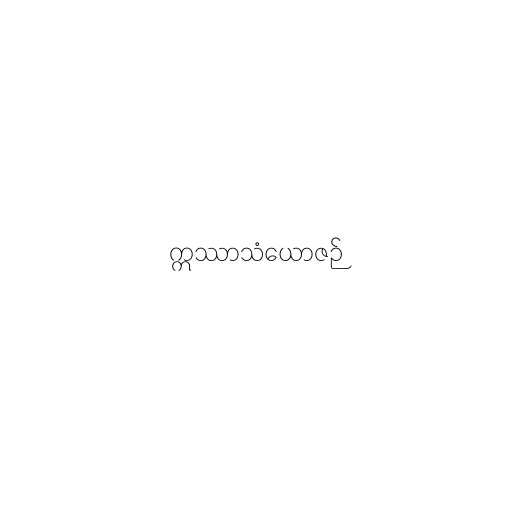
ဣဿာသံယောဇဉ်